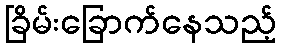
ခြိမ်းခြောက်နေသည့်